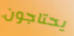
يحتاجون